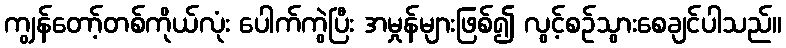
ကျွန်တော့်တစ်ကိုယ်လုံး ပေါက်ကွဲပြီး အမှုန်များဖြစ်၍ လွင့်စဉ်သွားစေချင်ပါသည်။